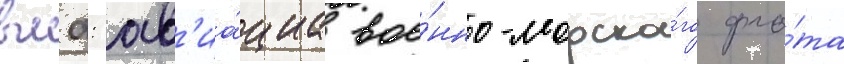
вмф: ав'иа́циа вое́нно-морско́го фло́та